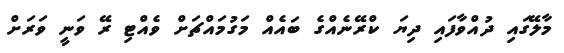
މާލޭގައި ދުއްވާފައި ދިޔަ ކްރޭނެއްގެ ބައެއް މަގުމައްޗަށް ވެއްޓި ރޭ ވަނީ ވަރަށް